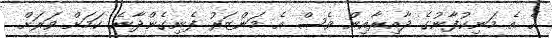
އެ އެ މަނިކުފާނުގެ ދާއިރާއިން ވެސް އެ މަންޒަރު ފެނިގެންދާނެ ކަމަށް ވަރަށް